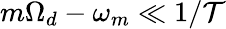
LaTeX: m\Omega_{d}-\omega_{m}\ll1/\mathcal{T}